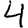
Digit: 4